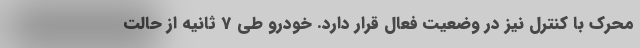
محرک با کنترل نیز در وضعیت فعال قرار دارد. خودرو طی 7 ثانیه از حالت